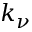
k _ { \nu }